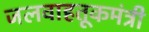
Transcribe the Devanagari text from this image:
जलवाहतूकमंत्री